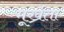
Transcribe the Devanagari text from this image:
मूर्ख्रता